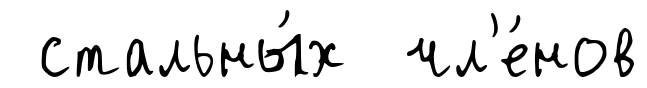
стальны́х чл'е́нов